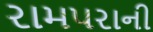
રામપરાની